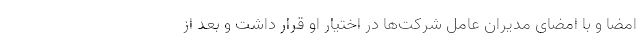
امضا و با امضای مدیران عامل شرکت‌ها در اختیار او قرار داشت و بعد از